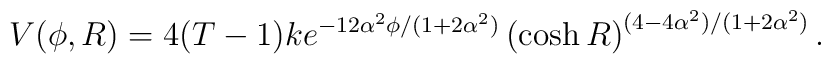
V(\phi,R) = 4(T-1)k e^{-12\alpha^2\phi/(1+2\alpha^2)}\left(\cosh R \right)^{(4-4\alpha^2)/(1+2\alpha^2)}.